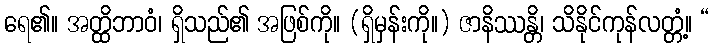
ရေ၏။ အတ္ထိဘာဝံ၊ ရှိသည်၏ အဖြစ်ကို။ (ရှိမှန်းကို။) ဇာနိဿန္တိ၊ သိနိုင်ကုန်လတ္တံ့။ “